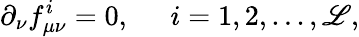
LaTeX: \partial_{\nu}f_{\mu\nu}^{i}=0,\; \; \; \; \; i=1,2,...,\mathscr{L},